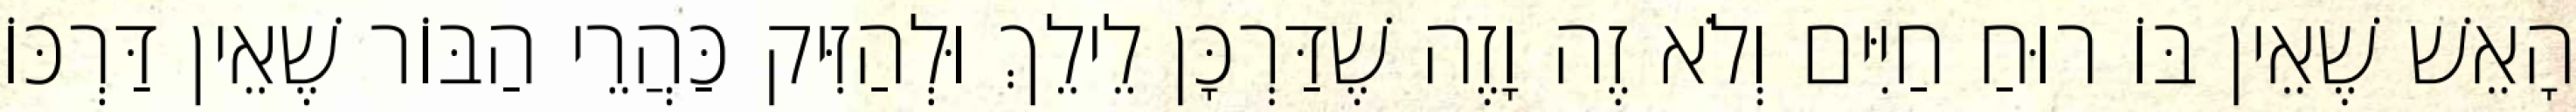
הָאֵשׁ שֶׁאֵין בּוֹ רוּחַ חַיִּים וְלֹא זֶה וָזֶה שֶׁדַּרְכָּן לֵילֵךְ וּלְהַזִּיק כַּהֲרֵי הַבּוֹר שֶׁאֵין דַּרְכּוֹ